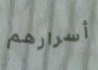
أسرارهم